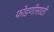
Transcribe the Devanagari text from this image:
फोडणीसाठी